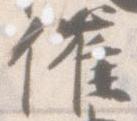
催